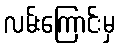
လမ်းကြောင်းမှ